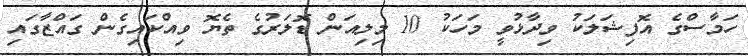
ހަމާސްގެ އޮފިޝަލަކު ވިދާޅުވީ މަހަކު 10 މިލިއަން ޑޮލަރުގެ ތެޔޮ ވިއްކައިގެން ގައްޒާގައި